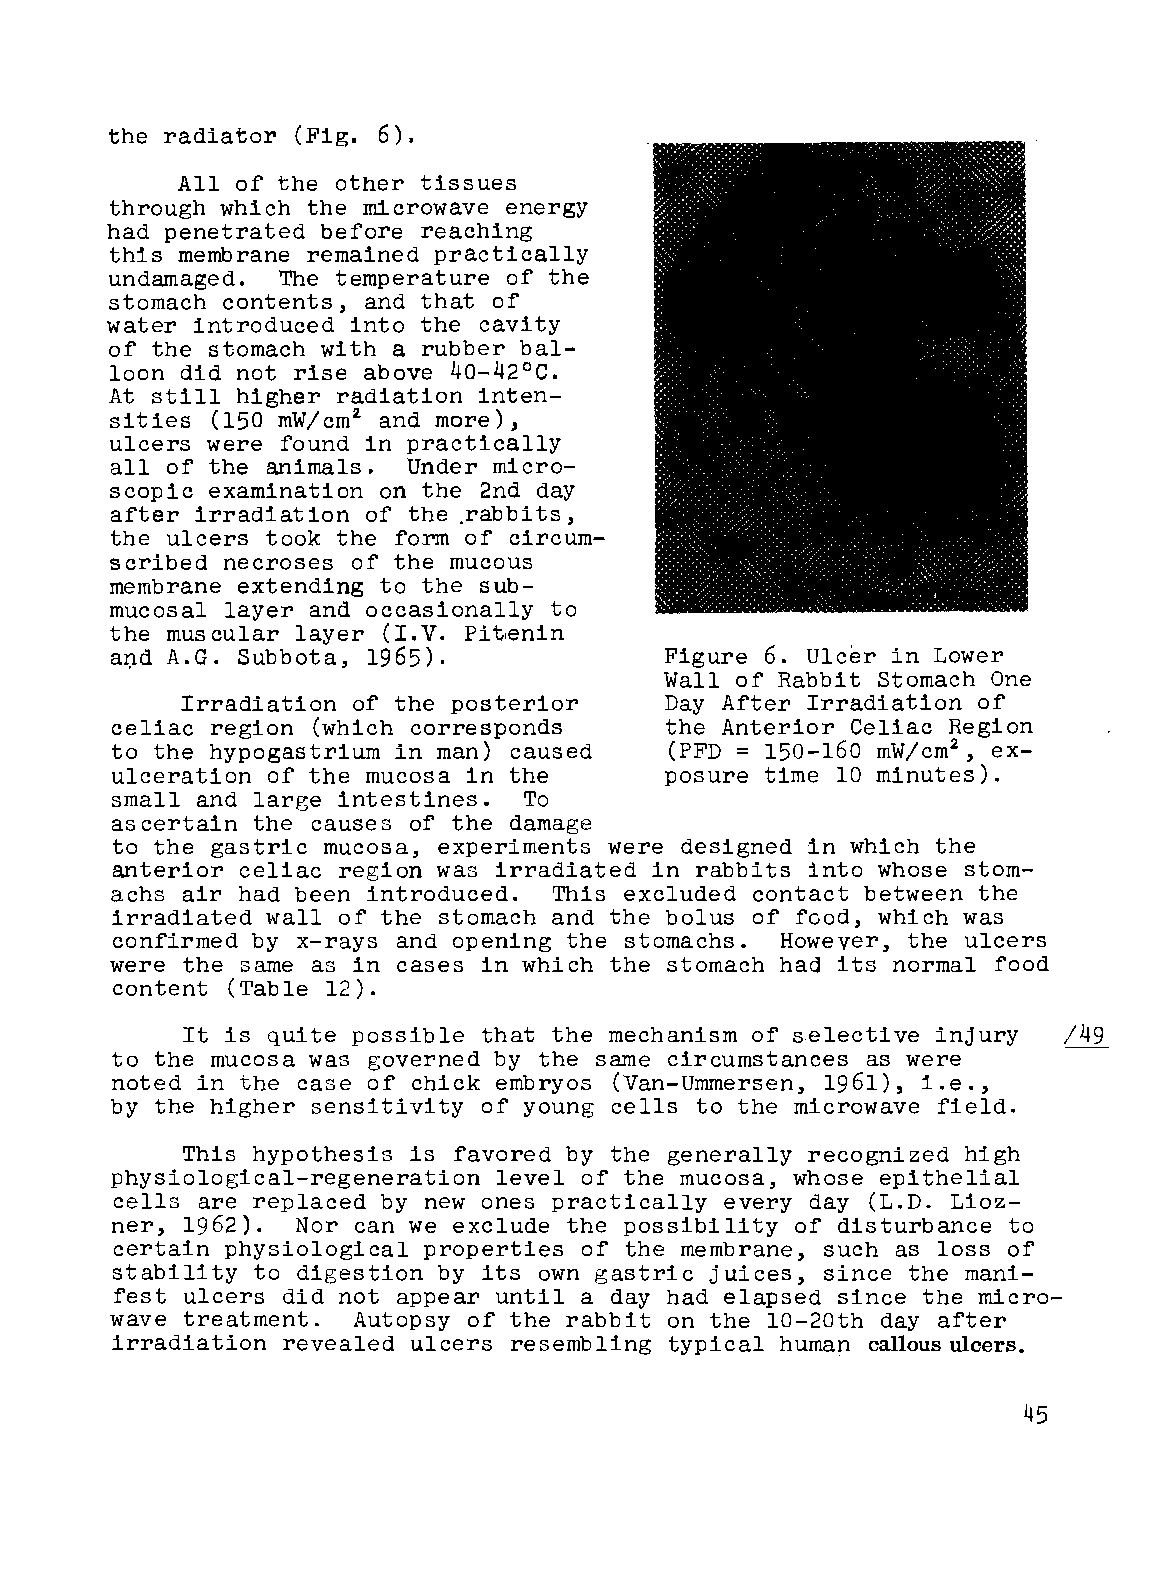
the radiator (Fig. 6).
 All of the other tissues
 through which the microwave energy
 had penetrated before reaching
 this membrane remained practically
 undamaged.  The temperature of the
 stomach contents, and that of
 water introduced into the cavity
 of the stomach with a rubber bal
 loon did not rise above 40-42°C.
 At still higher radiation inten
 z
 sities (150 mW/cm and more),
 ulcers were found in practically
 all of the animals. Under micro
 scopic examination on the 2nd day
 after irradiation of the .rabbits,
 the ulcers took the form of circum
 scribed necroses of the mucous
 membrane extending to the sub
 mucosal layer and occasionally to
 the muscular layer (LV. Pit.enin
 a~d A.G. Subbota, 1965).             Figure 6. Ulcer in Lower
 Wall of Rabbit Stomach One
 Irradiation of the posterior    Day After Irradiation of
 celiac region (which corresponds     the Anterior Celiac Region
 to the hypogastrium in man) caused   (PFD = 150-160 mW/cmz , ex
 ulceration of the mucosa in the      posure time 10 minutes).
 small and large intestines. To
 ascertain the causes of the damage
 to the gastric mucosa, experiments were designed in which the
 anterior celiac region was irradiated in rabbits into whose stom
 achs air had been introduced. This excluded contact between the
 irradiated wall of the stomach and the bolus of food, which was
 confirmed by x-rays and opening the stomachs. However, the ulcers
 were the same as in cases in which the stomach had its normal food
 content (Table 12).
 It is quite possible that the mechanism of selective injury /49
 to the mucosa was governed by the same circumstances as were
 noted in the case of chick embryos (Van-Ummersen, 1961), i.e.,
 by the higher sensitivity of young cells to the microwave field.
 This hypothesis is favored by the generally recognized high
 physiological-regeneration level of the mucosa, whose epithelial
 cells are replaced by new ones practically every day (L.D. Lioz
 ner, 1962).  Nor can we exclude the possibility of disturbance to
 certain physiological properties of the membrane, such as loss of
 stability to digestion by its own gastric juices, since the mani
 fest ulcers did not appear until a day had elapsed since the micro
 wave treatment. Autopsy of the rabbit on the 10-20th day after
 irradiation revealed ulcers resembling typical human callous ulcers.
 45